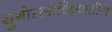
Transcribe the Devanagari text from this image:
युगोस्लोव्हियातील